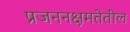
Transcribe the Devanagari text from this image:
प्रजननक्षमतेतील